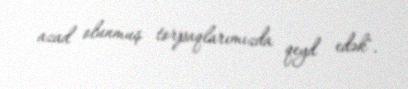
azad olunmuş torpaqlarımızda qeyd edək".